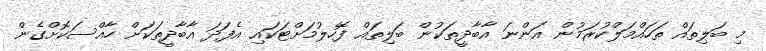
މި ބަލިތައް ތަހައްމަލްކުރަމުން އަންނަ އާބާދީތަކުން ބަލިތައް ފޮހެލުމަށްޓަކައި އެފަދަ އާބާދީތަކަށް ހާއްސަކޮށްގެން